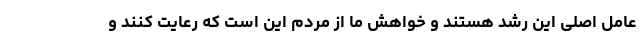
عامل اصلی این رشد هستند و خواهش ما از مردم این است که رعایت کنند و